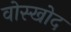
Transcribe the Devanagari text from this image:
वोस्खोद